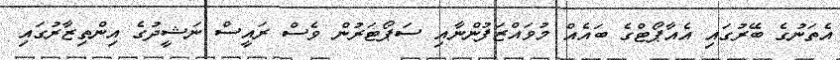
އެތަނުގެ ބޭރުގައި އެއާޕޯޓްގެ ބައެއް މުވައްޒަފުންނާއި ސަޕޯޓަރުން ވެސް ރައީސް ނަޝީދުގެ އިންތިޒާރުގައި